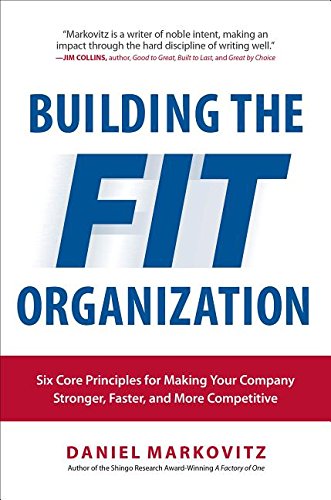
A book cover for Building the Fit Organization: Six Core Principles for Making Your Company Stronger, Faster, and More Competitive; Daniel Markovitz; Business & Money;